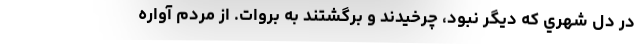
در دل شهري كه ديگر نبود، چرخيدند و برگشتند به بروات. از مردم آواره